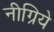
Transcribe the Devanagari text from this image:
नीग्रिये